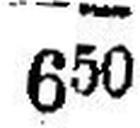
650